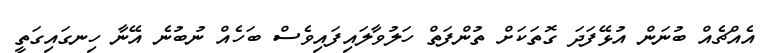
އެއްޗެއް ބުނަން އުޅޭފަދަ ގޮތަކަށް ތުންފަތް ހަލުވާލައިފައިވެސް ބަހެއް ނުބުނެ އޭނާ ހިނގައިގަތީ